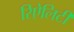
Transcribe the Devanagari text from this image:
रिऐलिटी